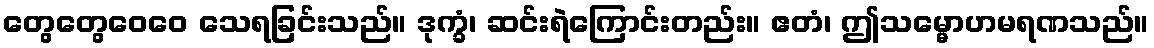
တွေတွေဝေဝေ သေရခြင်းသည်။ ဒုက္ခံ၊ ဆင်းရဲကြောင်းတည်း။ ဧတံ၊ ဤသမ္မောဟမရဏသည်။